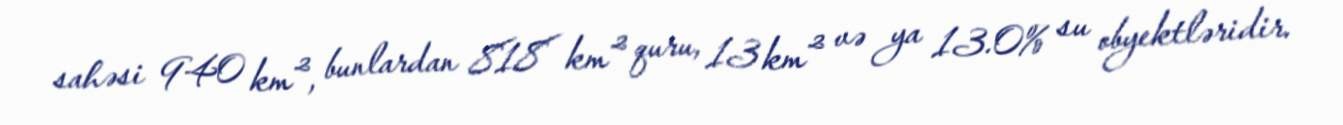
sahəsi 940 km², bunlardan 818 km² quru, 13 km² və ya 13.0% su obyektləridir.